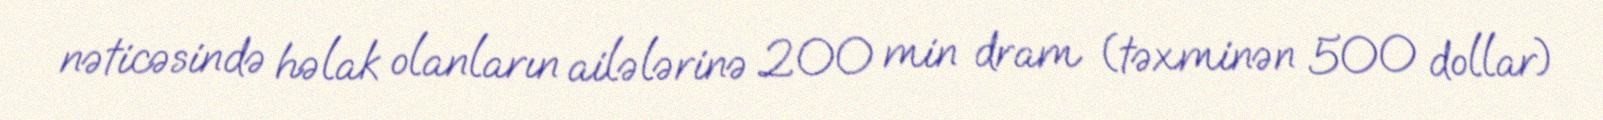
nəticəsində həlak olanların ailələrinə 200 min dram (təxminən 500 dollar)